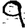
Digit: 9